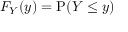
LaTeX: F _ { Y } ( y ) = \operatorname { P } ( Y \leq y )